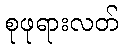
စုဖုရားလတ်